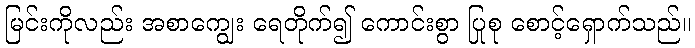
မြင်းကိုလည်း အစာကျွေး ရေတိုက်၍ ကောင်းစွာ ပြုစု စောင့်ရှောက်သည်။